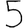
Digit: 5